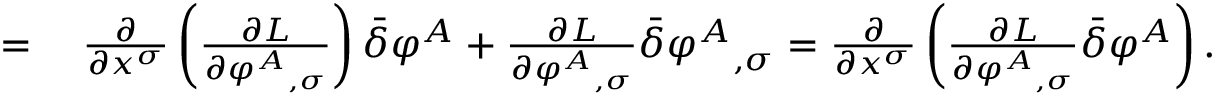
\begin{array} { r l } { = { } } & { { } { \frac { \partial } { \partial x ^ { \sigma } } } \left( { \frac { \partial L } { \partial { \varphi ^ { A } } _ { , \sigma } } } \right) { \bar { \delta } } \varphi ^ { A } + { \frac { \partial L } { \partial { \varphi ^ { A } } _ { , \sigma } } } { \bar { \delta } } { \varphi ^ { A } } _ { , \sigma } = { \frac { \partial } { \partial x ^ { \sigma } } } \left( { \frac { \partial L } { \partial { \varphi ^ { A } } _ { , \sigma } } } { \bar { \delta } } \varphi ^ { A } \right) . } \end{array}